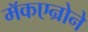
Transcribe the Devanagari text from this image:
मॅकएन्रोने